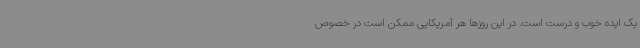
یک ایده خوب و درست است. در این روزها هر آمریکایی ممکن است در خصوص